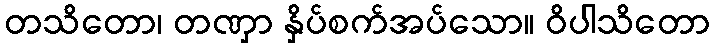
တသိတော၊ တဏှာ နှိပ်စက်အပ်သော။ ဝိပါသိတော